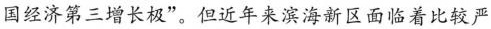
国经济第三增长极”。但近年来滨海新区面临着比较严